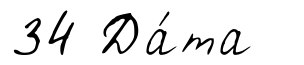
34 Да́та